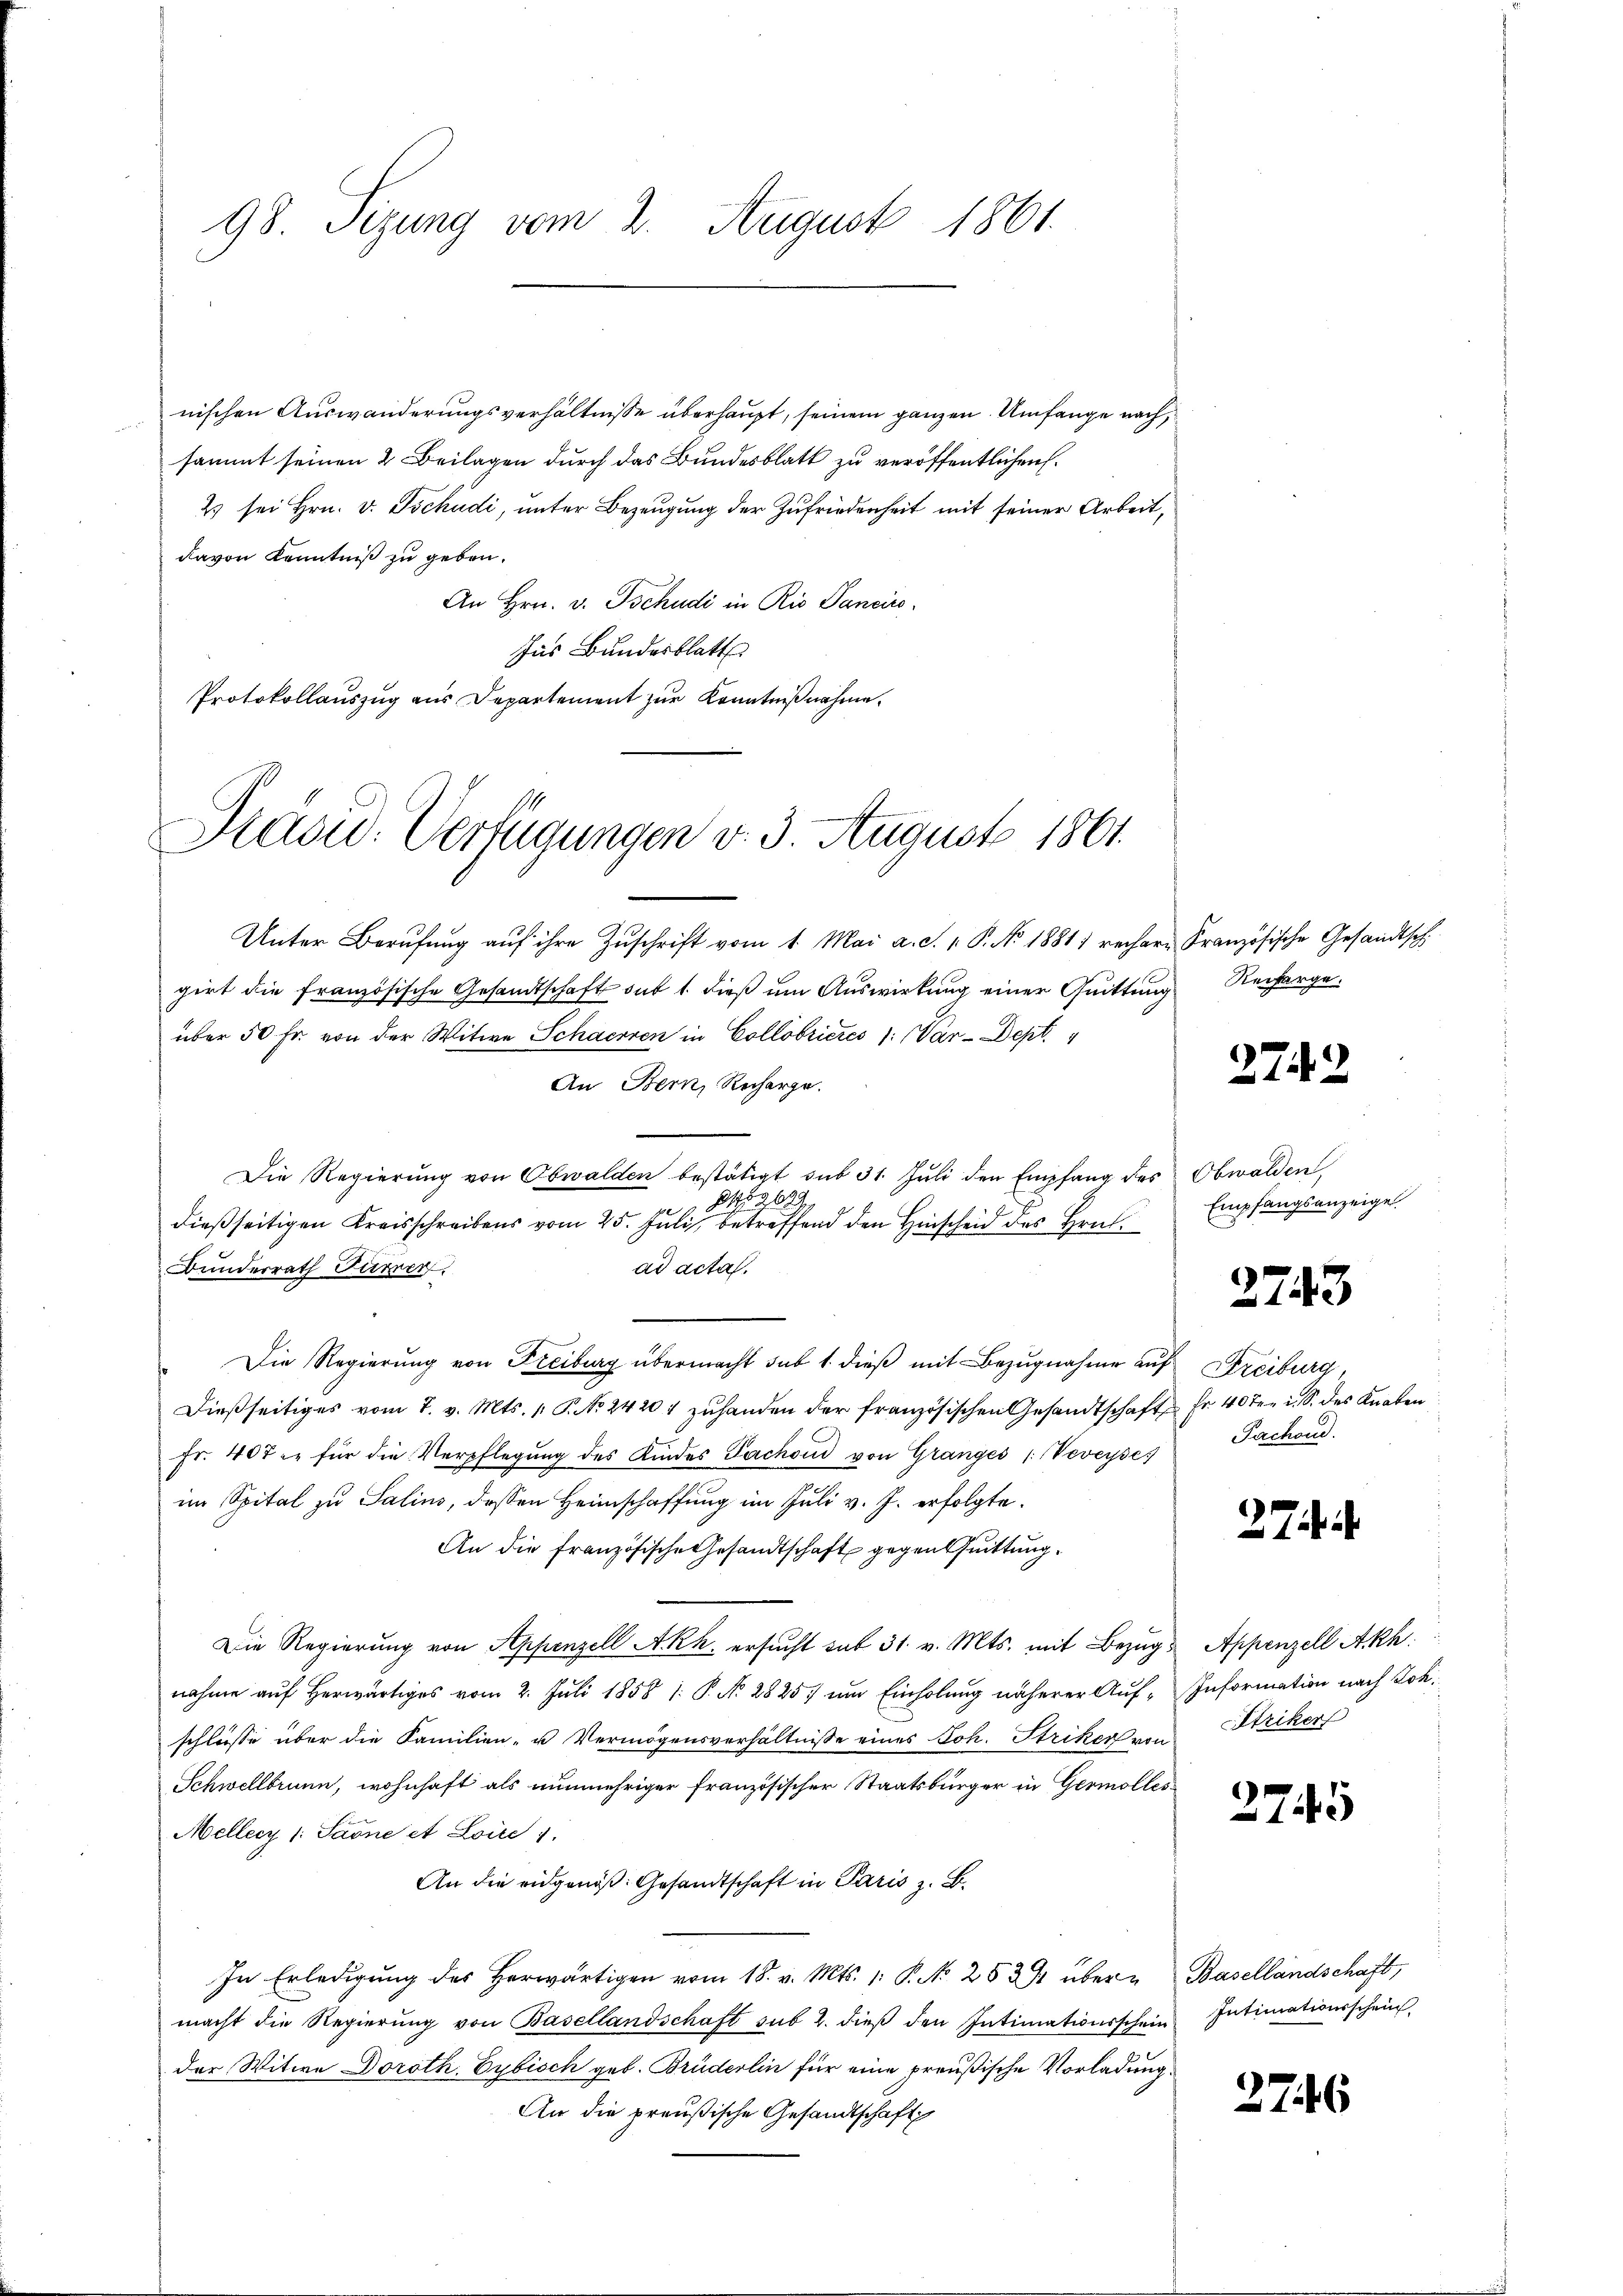
98. Sizung vom 2. August 1861.

davon Kenntniß zu geben.
An Hrn. v. Tschudi in Rio Sancirs.
Ins Bundesblatt
Protokollauszug aus Departement zur Kenntnißnahme.

Präsid. Verfügungen v. 3. August 1861.

nischen Auswanderungsverhältnisse überhaupt, seinem ganzen Umfange nach,
sammt seinen 2 Beilagen durch das Bundesblatt zu veröffentlichen
Es sei Hrn. v. Tschudi, unter Bezeugung der Zufriedenheit mit seiner Arbeit,

Unter Berufung auf ihre Zuschrift vom 1. Mai a. d. 1. P. No. 1881) rechere
girt die französische Gesandtschaft auf 1. dieß um Auswirkung einer Quittung
über 50 Fr. von der Witwe Schaerren in Collobrieres 1: Vár-Dept. 1
An Bern, Recharge.
Die Regierŭng von Obwalden bestätigt sub 31. Jŭli den Empfang des Obwalden
e
dießseitigen Kreisschreibens vom 25. Juli, betreffend den Hinscheid des Hrn.
ad acta.
Bunderrath Furren
Die Regierung von Freiburg übermacht sub 1. dieß mit Bezugnahme auf Freiburg,
Dießseitiges vom 7. v. Mts. 1. P. No 2420 f zuhanden der französischen Gesandtschaft fr 40 ten i. S. des Knaben
Fr. 407 u. für die Verpflegung des Kindes Pachoud von Granges (Veveyse
im Spital zu Salins, dessen Heimschaffung im Juli v. J. erfolgte.
An die französische Gesandtschaft gegentuittung.
Die Regierung von Appenzell A.Rh. ersucht sub 31. v. Mts. mit Bezugnahme auf herwärtiges vom 2. Juli 1858 1: P. N. 2825 um Einholung näherer Aufschlüsse über die Familien- u Vermögensverhältnisse eines Joh. Striker von
Schwellbrunn, wohnhaft als nunmehriger französischer Staatsbürger in Germolles
Mellecy 1: Sarne et Loite 1.
An die eidgenöß: Gesandtschaft in Paris z. B.
In Erledigung des Horwärtigen vom 18. v. Mts. 1. P. No 252 übermacht die Regierŭng von Basellandschaft sub 2. dieβ den Intimationsschein
der Witwe Doroth Eybisch geb. Brüderlin für eine preußische Vorladung
An die preußische Gesandtschaft

Französische Gesandtsch
Reifarge.

2.

.

Empfangsanzeige.

2743

Fachend.

274

Appenzell Akh.
Information nach Joh.
Striker

2745

Basellandschaft,
Intimationsschein

2746